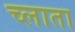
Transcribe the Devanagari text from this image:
च्लाता